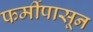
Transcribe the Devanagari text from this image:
फर्मीपासून